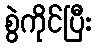
စွဲကိုင်ပြီး